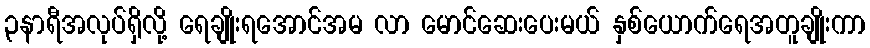
၃နာရီအလုပ်ရှိလို့ ရေချိုးရအောင်အမ လာ မောင်ဆေးပေးမယ် နှစ်ယောက်ရေအတူချိုးကာ